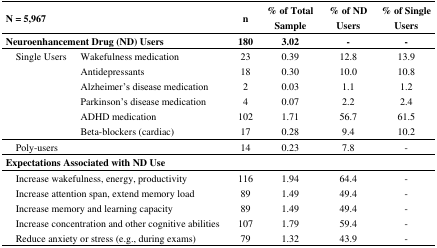
<table><thead><tr><td colspan="2"><b>N = 5,967</b></td><td><b>n</b></td><td><b>% of Total Sample</b></td><td><b>% of ND Users</b></td><td><b>% of Single Users</b></td></tr></thead><tbody><tr><td colspan="2"><b>Neuroenhancement Drug (ND) Users</b></td><td><b>180</b></td><td><b>3.02</b></td><td>-</td><td>-</td></tr><tr><td> Single Users</td><td>Wakefulness medication</td><td>23</td><td>0.39</td><td>12.8</td><td>13.9</td></tr><tr><td>[EMPTY_CELL]</td><td>Antidepressants</td><td>18</td><td>0.30</td><td>10.0</td><td>10.8</td></tr><tr><td>[EMPTY_CELL]</td><td>Alzheimer’s disease medication</td><td>2</td><td>0.03</td><td>1.1</td><td>1.2</td></tr><tr><td>[EMPTY_CELL]</td><td>Parkinson’s disease medication</td><td>4</td><td>0.07</td><td>2.2</td><td>2.4</td></tr><tr><td>[EMPTY_CELL]</td><td>ADHD medication</td><td>102</td><td>1.71</td><td>56.7</td><td>61.5</td></tr><tr><td>[EMPTY_CELL]</td><td>Beta-blockers (cardiac)</td><td>17</td><td>0.28</td><td>9.4</td><td>10.2</td></tr><tr><td> Poly-users</td><td>[EMPTY_CELL]</td><td>14</td><td>0.23</td><td>7.8</td><td>-</td></tr><tr><td colspan="2"><b>Expectations Associated with ND Use</b></td><td>[EMPTY_CELL]</td><td>[EMPTY_CELL]</td><td>[EMPTY_CELL]</td><td>[EMPTY_CELL]</td></tr><tr><td colspan="2"> Increase wakefulness, energy, productivity</td><td>116</td><td>1.94</td><td>64.4</td><td>-</td></tr><tr><td colspan="2"> Increase attention span, extend memory load</td><td>89</td><td>1.49</td><td>49.4</td><td>-</td></tr><tr><td colspan="2"> Increase memory and learning capacity</td><td>89</td><td>1.49</td><td>49.4</td><td>-</td></tr><tr><td colspan="2"> Increase concentration and other cognitive abilities</td><td>107</td><td>1.79</td><td>59.4</td><td>-</td></tr><tr><td colspan="2"> Reduce anxiety or stress (e.g., during exams)</td><td>79</td><td>1.32</td><td>43.9</td><td>-</td></tr></tbody></table>